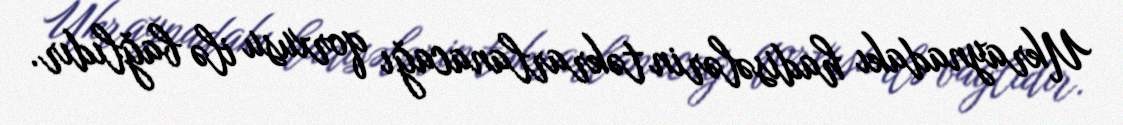
Ukraynadakı hadisələrin təkrarlanacağı qorxusu ilə bağlıdır.